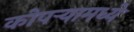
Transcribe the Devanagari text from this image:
कोपर्‍यामध्ये